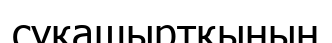
суқашыртқының